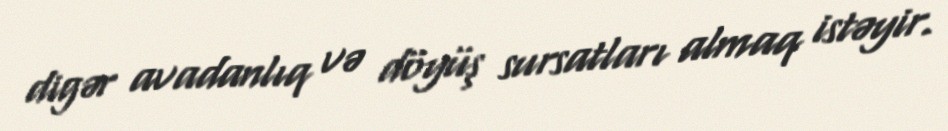
digər avadanlıq və döyüş sursatları almaq istəyir.